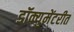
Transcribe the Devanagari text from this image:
डॉक्युमेंटरीत